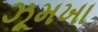
ઝૂમખા